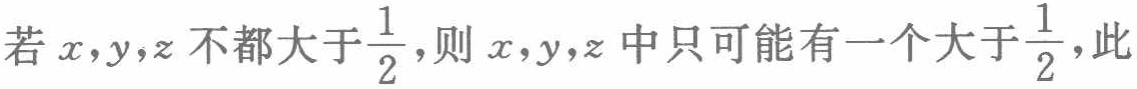
若\(x,y,z\)不都大于\(\frac{1}{2}\)，则\(x,y,z\)中只可能有一个大于\(\frac{1}{2}\)，此